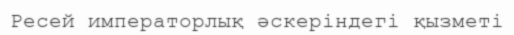
Ресей императорлық әскеріндегі қызметі